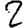
Digit: 2